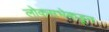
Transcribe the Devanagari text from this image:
लोकसभेकडून